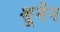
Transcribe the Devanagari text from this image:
शूमैन